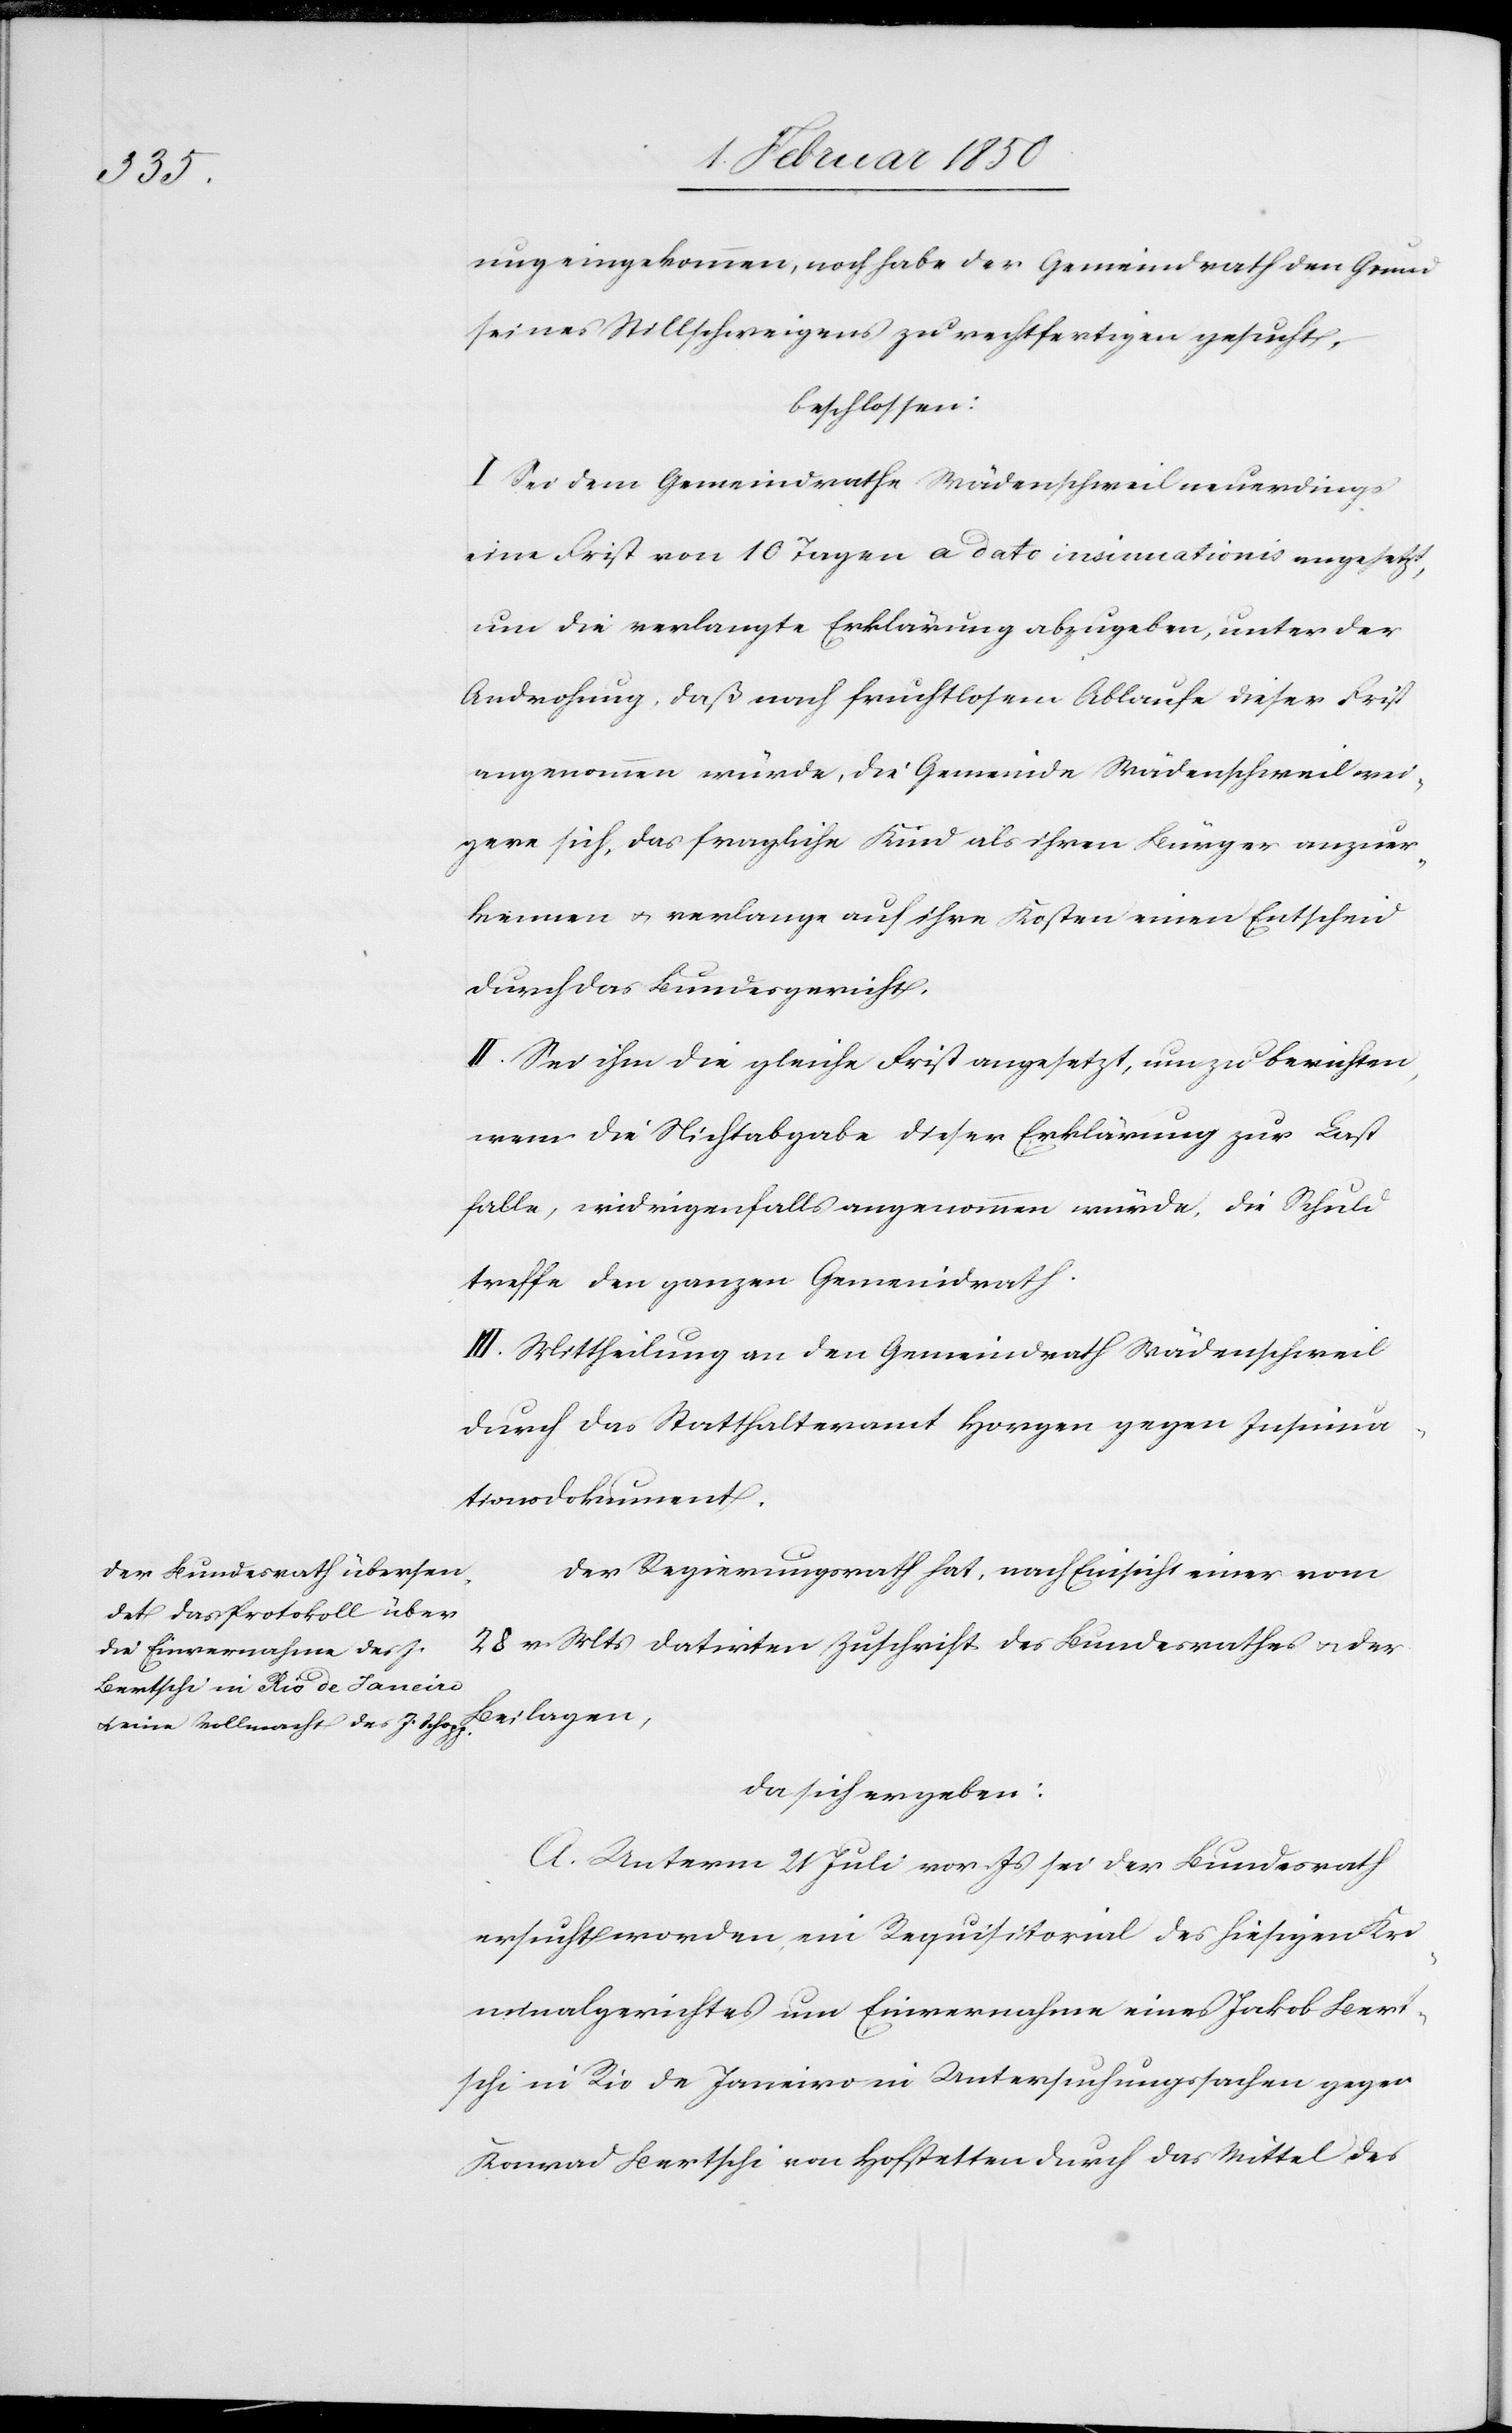
ung eingekommen, noch habe der Gemeindrath den Grund
seines Stillschweigens zu rechtfertigen gesucht,
beschlossen:
I. Sei dem Gemeindrathe Wädenschweil neuerdings
eine Frist von 10 Tagen a dato insinuationis angesetzt,
um die verlangte Erklärung abzugeben, unter der
Androhung, daß nach fruchtlosem Ablaufe dieser Frist
angenommen würde, die Gemeinde Wädenschweil wei¬
gere sich, das fragliche Kind als ihren Bürger anzuer¬
kennen u. verlange auf ihre Kosten einen Entscheid
durch das Bundesgericht.
II. Sei ihm die gleiche Frist angesetzt, um zu berichten,
wenn die Nichtabgabe dieser Erklärung zur Last
falle, widrigenfalls angenommen würde, die Schuld
treffe den ganzen Gemeindrath.
III. Mittheilung an den Gemeindrath Wädenschweil
durch das Statthalteramt Horgen gegen Insinua¬
tionsdokument.
Der Regierungsrath hat, nach Einsicht einer vom
28. v. Mts datirten Zuschrift des Bundesrathes u. der
Beilagen,
da sich ergeben:
A. Unterm 21 Juli vor Js sei der Bundesrath
ersucht worden, ein Requisitorial des hiesigen Kri¬
minalgerichtes um Einvernahme eines Jakob Bert¬
schi in Rio de Janeiro in Untersuchungssachen gegen
Konrad Bertschi von Hofstetten durch das Mittel des